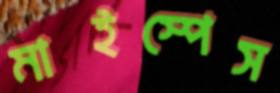
মাইস্পেস